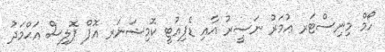
ހޯމް މިނިސްޓަރ ޢުމަރު ނަޞީރު އާއި ޑެޕިއުޓީ ކޮމިޝަނަރ އޮފް ޕޮލިސް އަޙްމަދު